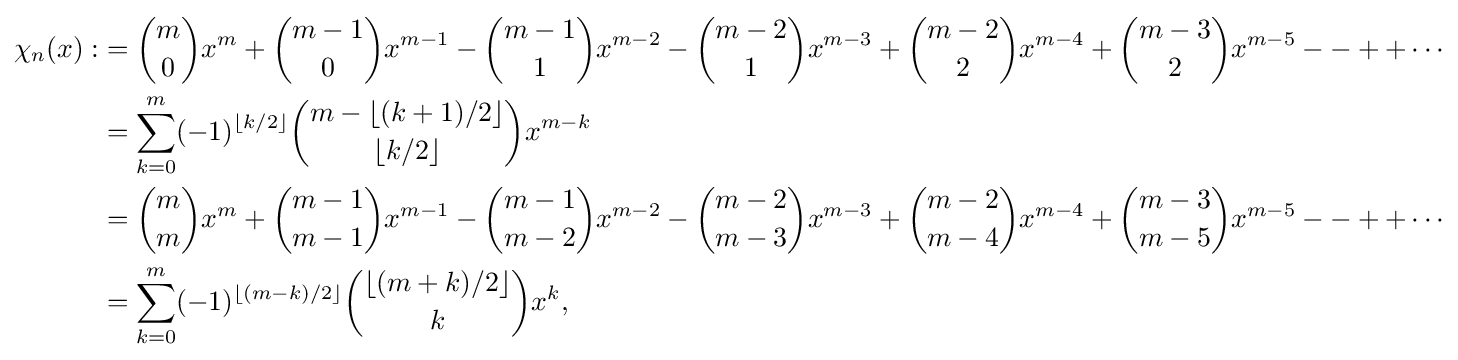
{\begin{aligned}\chi _{n}(x):&={\binom {m}{0}}x^{m}+{\binom {m-1}{0}}x^{m-1}-{\binom {m-1}{1}}x^{m-2}-{\binom {m-2}{1}}x^{m-3}+{\binom {m-2}{2}}x^{m-4}+{\binom {m-3}{2}}x^{m-5}--++\cdots \\&=\sum _{k=0}^{m}(-1)^{\lfloor k/2\rfloor }{\binom {m-\lfloor (k+1)/2\rfloor }{\lfloor k/2\rfloor }}x^{m-k}\\&={\binom {m}{m}}x^{m}+{\binom {m-1}{m-1}}x^{m-1}-{\binom {m-1}{m-2}}x^{m-2}-{\binom {m-2}{m-3}}x^{m-3}+{\binom {m-2}{m-4}}x^{m-4}+{\binom {m-3}{m-5}}x^{m-5}--++\cdots \\&=\sum _{k=0}^{m}(-1)^{\lfloor (m-k)/2\rfloor }{\binom {\lfloor (m+k)/2\rfloor }{k}}x^{k},\end{aligned}}